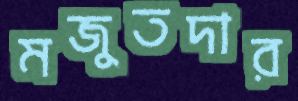
মজুতদার